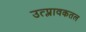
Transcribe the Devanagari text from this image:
उत्प्लावकतल